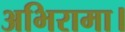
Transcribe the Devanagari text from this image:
अभिरामा।